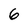
Character: 6